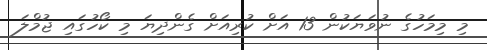
މި މިމަހުގެ ނުވަޔަކުން 13 އަށް ކުރިއަށް ގެންދިޔަ މި ކޯހުގައި ޖުމްލަ